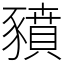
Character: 豶